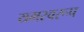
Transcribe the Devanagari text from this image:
यमस्वरूप